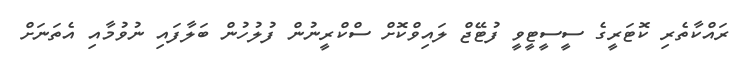
ރައްކާތެރި ކޮޓަރީގެ ސީސީޓީވީ ފުޓޭޖް ލައިވްކޮށް ސްކްރީނުން ފުލުހުން ބަލާފައި ނުވުމާއި އެތަނަށް